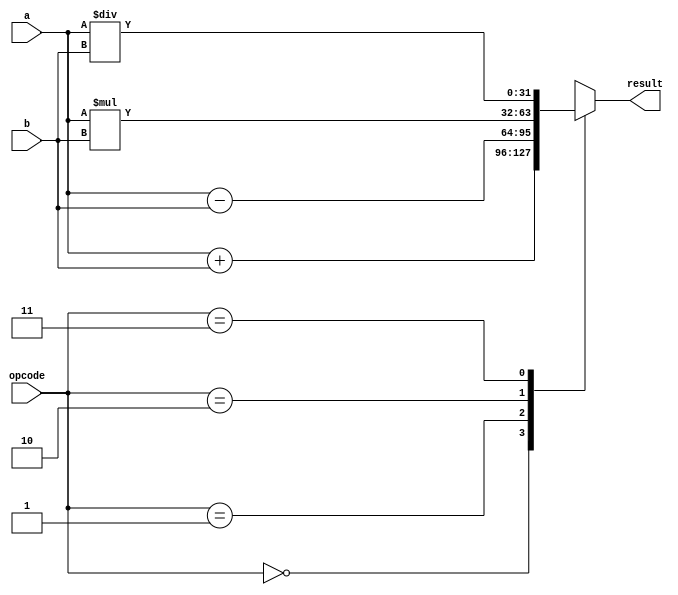
module single_precision_fpu (
    input [31:0] a,
    input [31:0] b,
    input [1:0] opcode,
    output reg [31:0] result
);

always @ (*) begin
    case (opcode)
        2'b00: result = a + b; // Addition
        2'b01: result = a - b; // Subtraction
        2'b10: result = a * b; // Multiplication
        2'b11: result = a / b; // Division
    endcase
end

endmodule